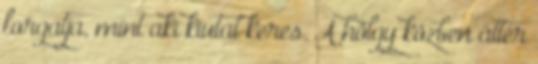
forgatja, mint aki kiutat keres. A hölgy közben áttér